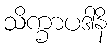
သိက္ခာပဒါနိ